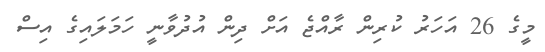
މީގެ 26 އަހަރު ކުރިން ރާއްޖެ އަށް ދިން އުދުވާނީ ހަމަލައިގެ އިސް